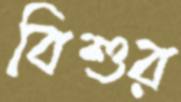
বিশুর